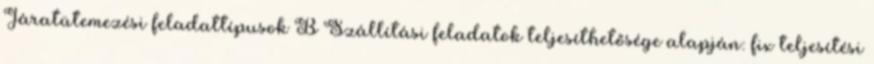
Járatütemezési feladattípusok B Szállítási feladatok teljesíthetősége alapján: fix teljesítési